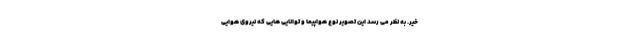
خیر. به نظر می رسد این تصویر نوع هواپیما و توانایی هایی که نیروی هوایی